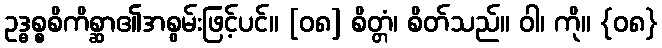
ဥဒ္ဓစ္စစိကိစ္ဆာ၏အစွမ်းဖြင့်ပင်။ [၀၈] စိတ္တံ၊ စိတ်သည်။ ဝါ၊ ကို။ {၀၈}